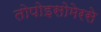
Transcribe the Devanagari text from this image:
तोपोइसोमेरसे